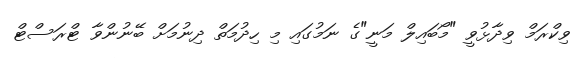
ވިކްރަމް ވިދާޅުވީ "މޯބައިލް މަނީ"ގެ ނަމުގައި މި ހިދުމަތް ދިނުމަށް ބޭނުންވާ ޓްރަސްޓް